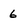
Character: 6